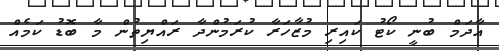
އާދަމް ބުނީ ކޯޓު ކައިރި މުޒާހަރާ ކުރަމުންދާ ރައްޔިތުން މާ ބޮޑު ކަމެއް